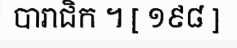
បារាជិក ។ [ ១៩៨ ]